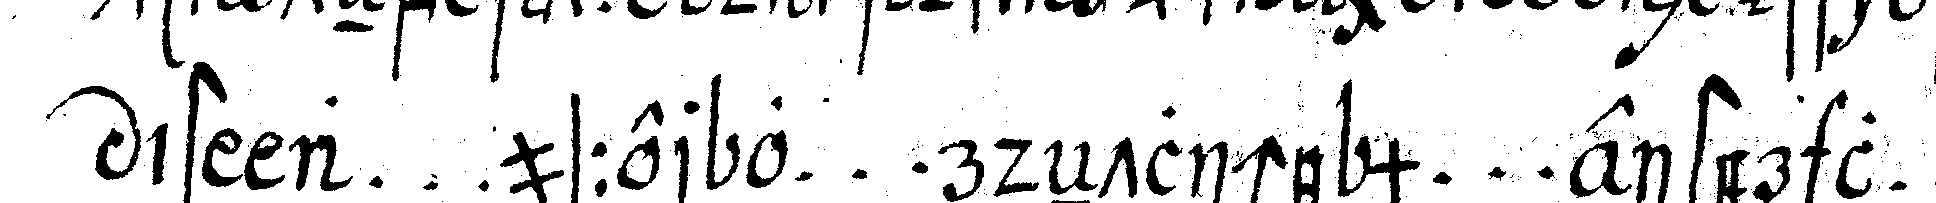
ist a ... usser o ... rdeNtliche m ... eister l ...